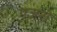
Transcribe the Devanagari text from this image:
गजरो